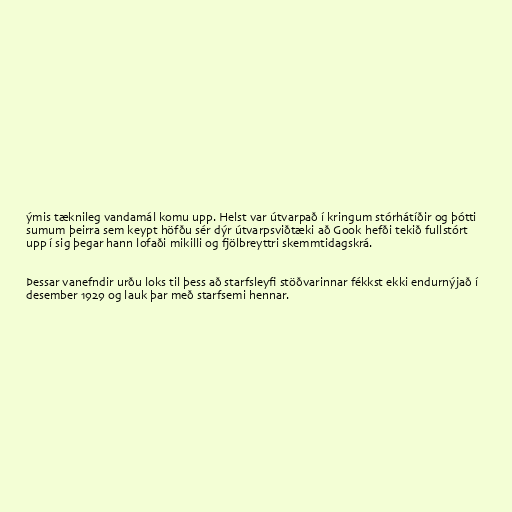
ýmis tæknileg vandamál komu upp. Helst var útvarpað í kringum stórhátíðir og þótti
sumum þeirra sem keypt höfðu sér dýr útvarpsviðtæki að Gook hefði tekið fullstórt
upp í sig þegar hann lofaði mikilli og fjölbreyttri skemmtidagskrá.

Þessar vanefndir urðu loks til þess að starfsleyfi stöðvarinnar fékkst ekki endurnýjað í
desember 1929 og lauk þar með starfsemi hennar.